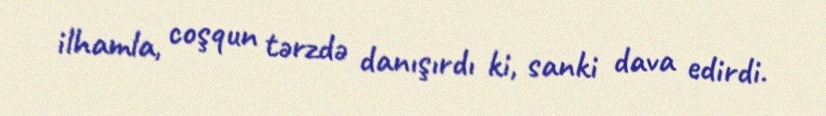
ilhamla, coşqun tərzdə danışırdı ki, sanki dava edirdi.